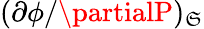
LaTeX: (\partial\phi/\partialP)_{\mathfrak{S}}